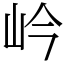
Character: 岒